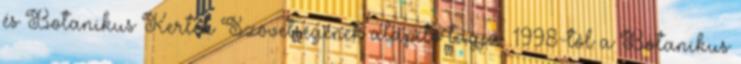
és Botanikus Kertek Szövetségének alapító tagja. 1998-tól a Botanikus